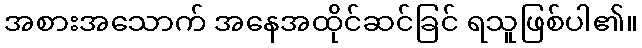
အစားအသောက် အနေအထိုင်ဆင်ခြင် ရသူဖြစ်ပါ၏။